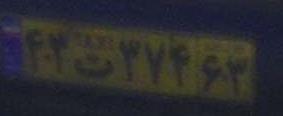
۴۳ت۳۷۴۶۳